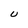
Character: U